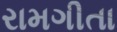
રામગીતા